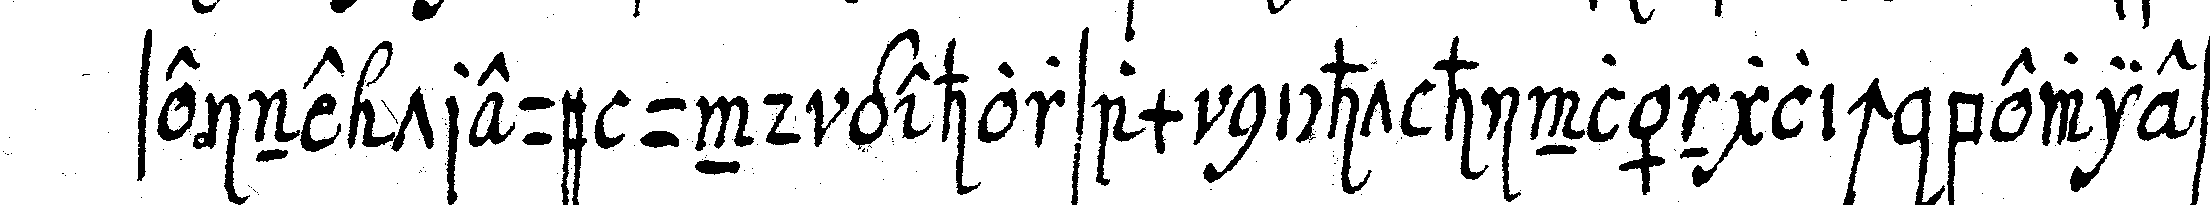
seine treue und gehorsam nicht hinlänglich bewieseN